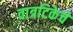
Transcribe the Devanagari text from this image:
वात्रटिकेचे